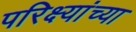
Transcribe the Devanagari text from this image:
परिक्ष्यांच्या